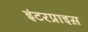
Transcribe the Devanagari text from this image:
इंटरप्राइस़